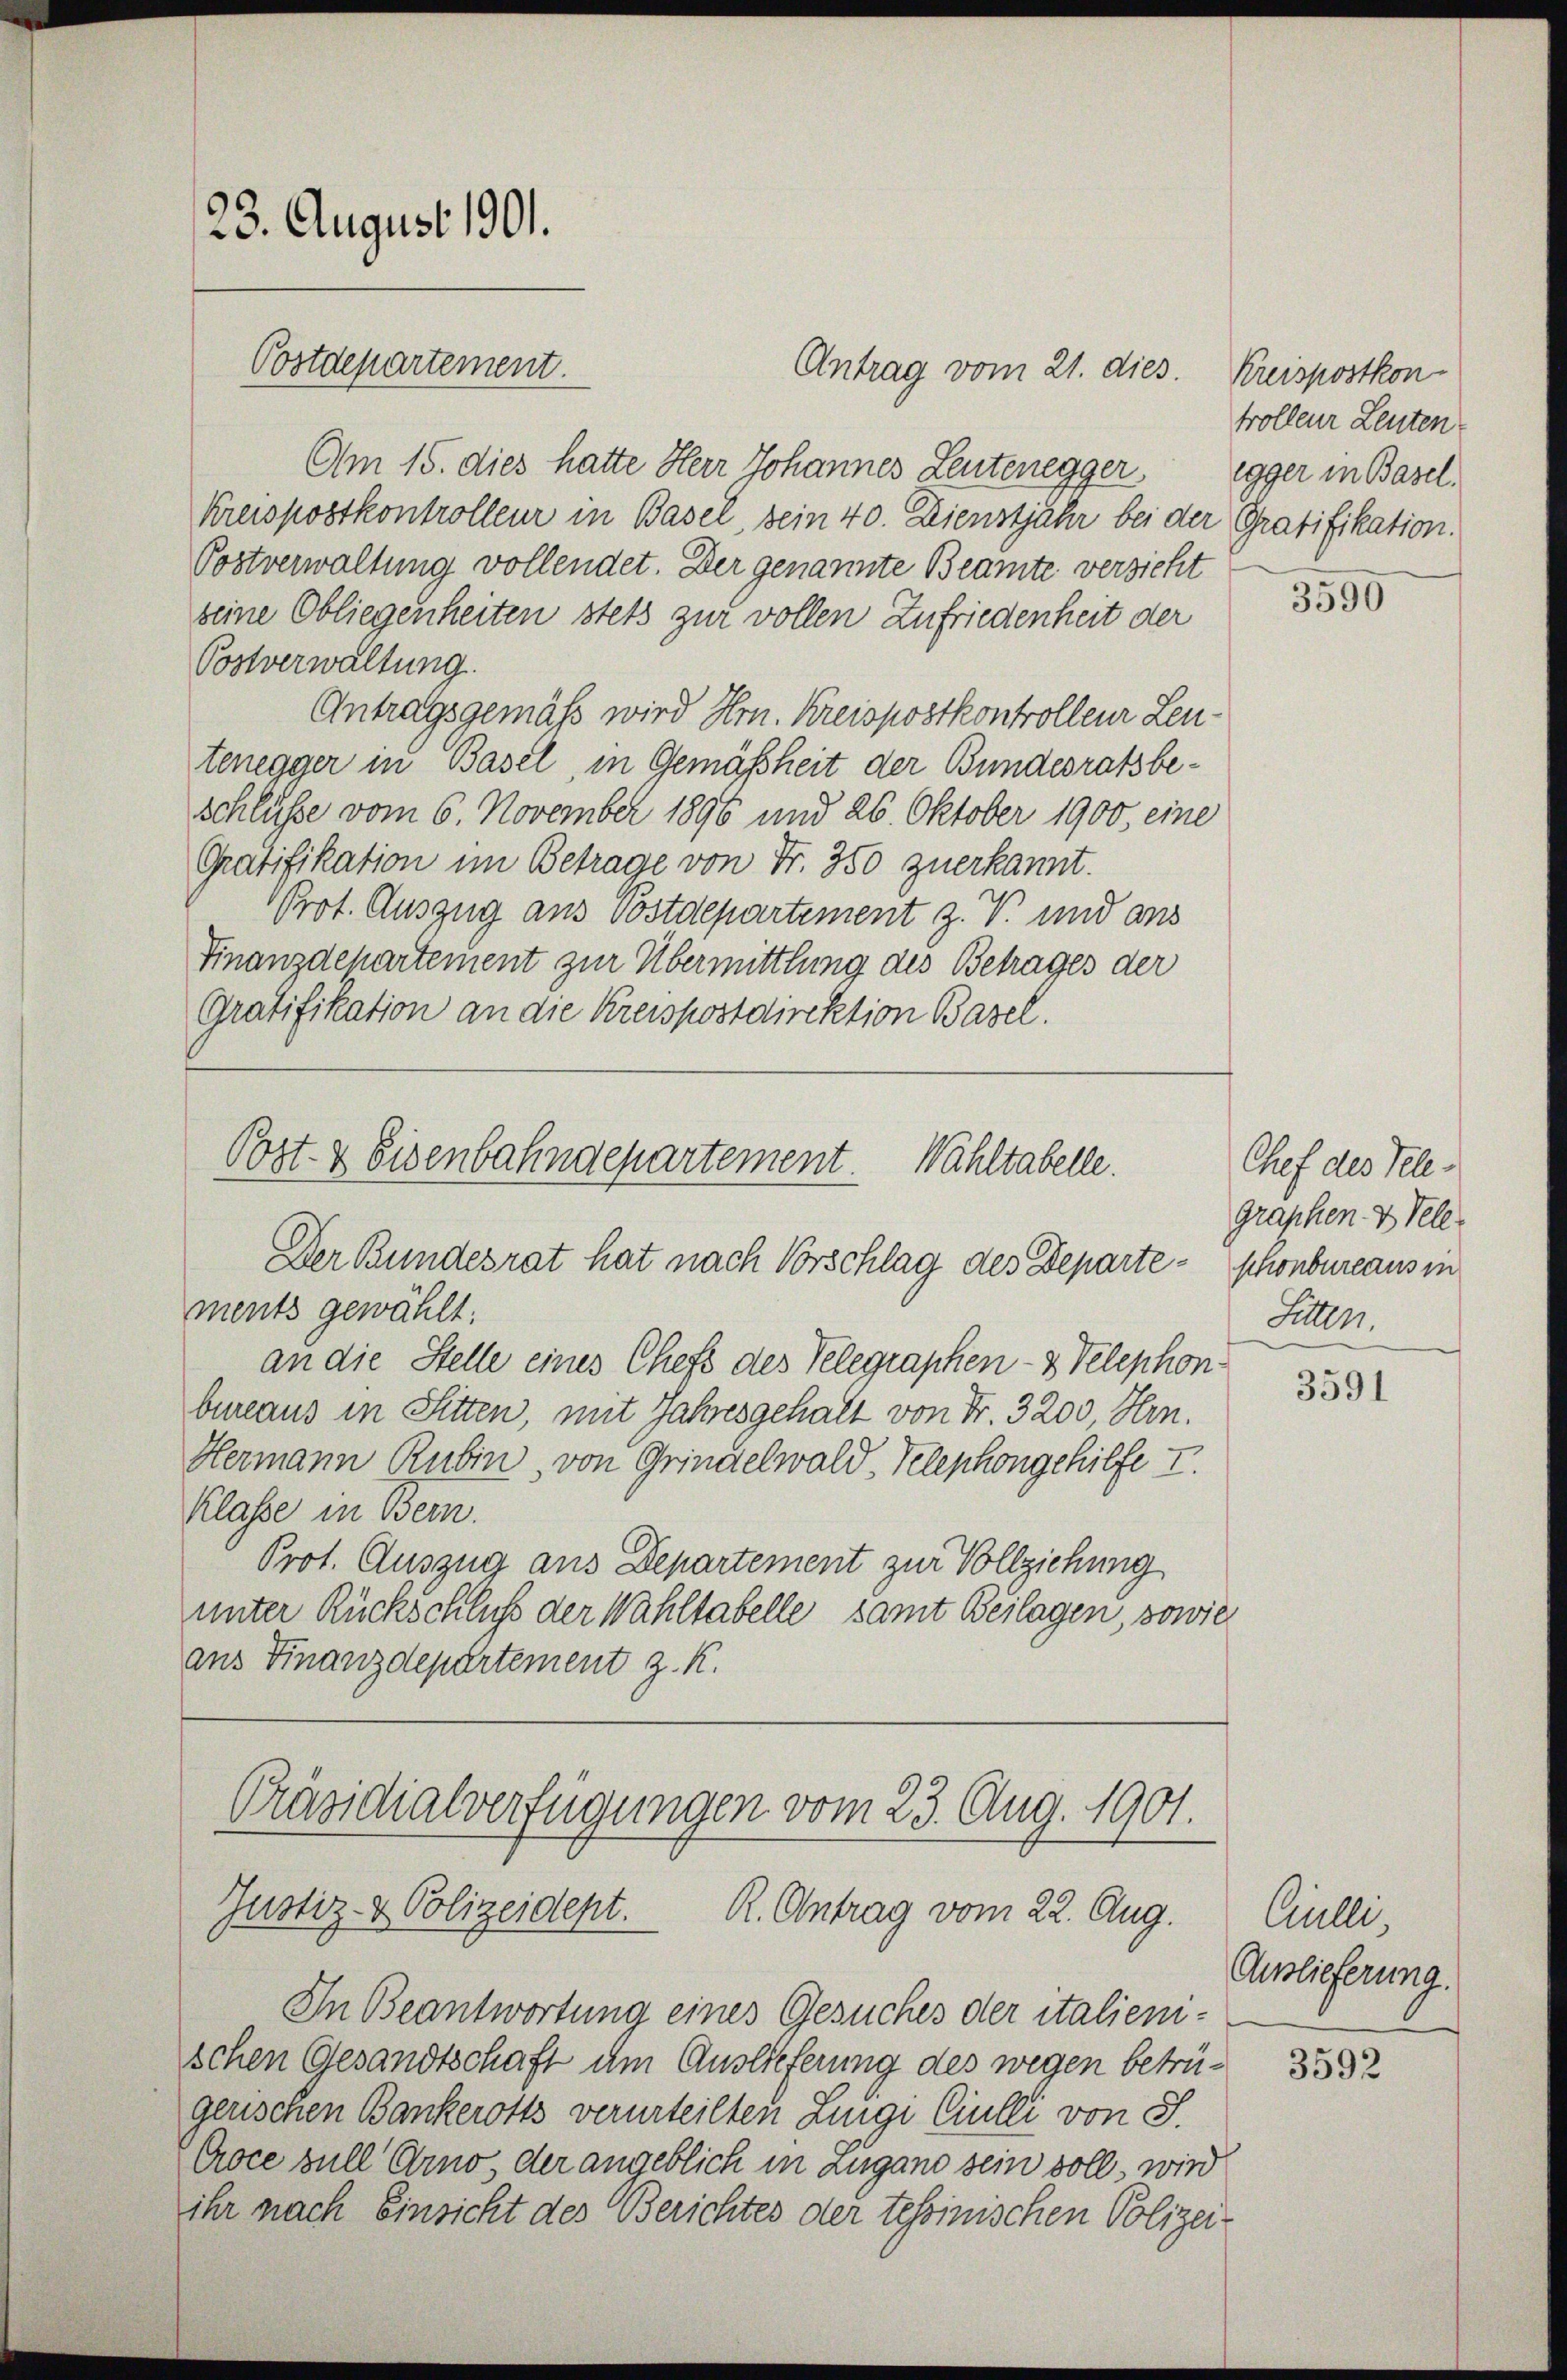
23. August 1901.
Postdepartement.

Am 15. dies hatte Herr Johannes Leutenegger, Egger in Basel,
Kreispostkontrolleur in Basel, sein 40. Dienstjahr bei der Gratifikation.
Postverwaltung vollendet. Der genannte Beamte versicht
seine Obliegenheiten stets zur vollen Zufriedenheit der
Postverwaltung.
Antragsgemäß wird Hrn. Kreispostkontrolleur Leutenegger in Basel, in Gemäßheit der Bundesratsbeschlusse vom 6. November 1896 und 26. Oktober 1900, eine
Gratifikation im Betrage von Fr. 350 zuerkannt.
Prot. Auszug aus Postdepartement z. V. und aus
Finanzdepartement zur Übermittlung des Betrages der
Gratifikation an die Kreispostdirektion Basel.

Post- & Eisenbahndepartement. Wahltabelle.
Der Bundesrat hat nach Vorschlag des Departe - schönbureaus in

Antrag vom 21. dies. Kreispostkon-

ments gewählt:
an die Stelle eines Chefs des Telegraphen- & Telephonbureaus in Sitten, mit Jahresgehalt von Fr. 3200, Hrn.
Hermann Rubin, von Grindelwald-Telephongehilfe I.
Klasse in Bern.
Prot. Auszug aus Departement zur Vollziehung
unter Rückschluß der Wahltabelle samt Beilagen, sowie
ans Finanzdepartement z. K.

Präsidialverfügungen vom 23. Aug. 1901.
Justiz- & Polizeidept. R. Antrag vom 22. Aug.

In Beantwortung eines Gesuches der italienischen Gesandtschaft um Auslieferung des wegen betrügerischen Bankerotts verurteilten Luigi Ciulli von S.
Coce sull Arno der angeblich in Zugano sein soll, wird
ihr nach Einsicht des Berichtes der tessinischen Polizei-

trolleur Leuten

3590

Chef des Telegraphen- & Peler
Sitten.

3591

Cinlei,
Auslieferung.

3592